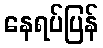
နေရပ်ပြန်